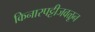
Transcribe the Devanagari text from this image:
किनारपट्टीजवळून